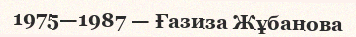
1975—1987 — Ғазиза Жұбанова